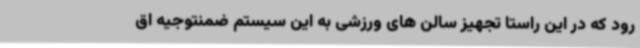
رود که در این راستا تجهیز سالن های ورزشی به این سیستم ضمنتوجیه اق